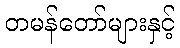
တမန်တော်များနှင့်